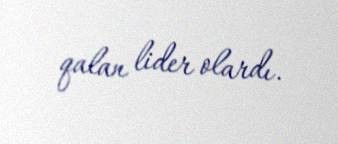
qalan lider olardı.